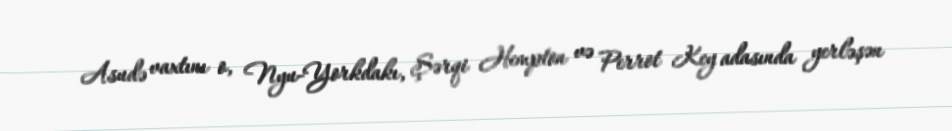
Asudə vaxtını o, Nyu-Yorkdakı, Şərqi Hempton və Perrot Key adasında yerləşən